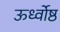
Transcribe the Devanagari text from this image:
ऊर्ध्वोष्ठ